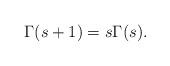
LaTeX: \begin{align*}\Gamma(s+1)=s\Gamma(s).\end{align*}